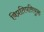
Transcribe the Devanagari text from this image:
विप्रतिपत्तियुक्त